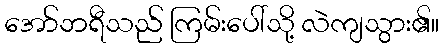
အော်ဘရီသည် ကြမ်းပေါ်သို့ လဲကျသွား၏။